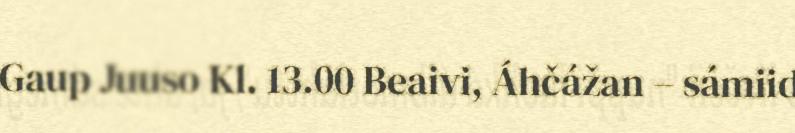
Gaup Juuso Kl. 13.00 Beaivi, Áhčážan – sámiid